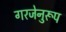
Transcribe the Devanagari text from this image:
गरजेनुरूप